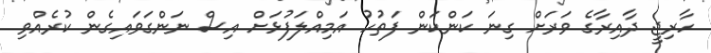
ހާރިޖީ ދާއިރާގެ ވަރަށް ގިނަ ކަންކަން ފަތުހު އަމިއްލަފުޅަށް އިސް ނަންގަވައިގެން ކުރެއްވި